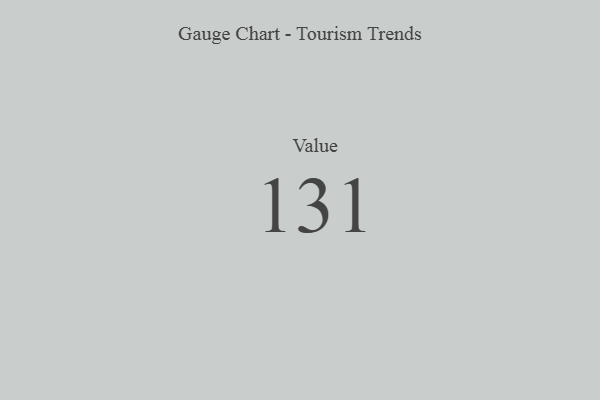
{"axis": {"x": "Metric", "y": "Value"}, "legend": [""], "data": [{"x": "Value", "y": 131, "type": ""}]}